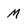
Character: M